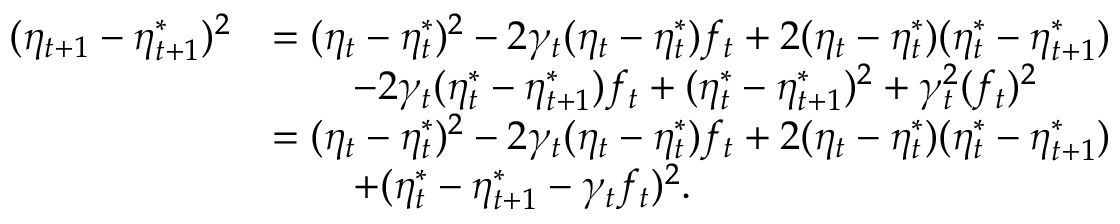
\begin{array} { r l } { ( \eta _ { t + 1 } - \eta _ { t + 1 } ^ { * } ) ^ { 2 } } & { = ( \eta _ { t } - \eta _ { t } ^ { * } ) ^ { 2 } - 2 \gamma _ { t } ( \eta _ { t } - \eta _ { t } ^ { * } ) f _ { t } + 2 ( \eta _ { t } - \eta _ { t } ^ { * } ) ( \eta _ { t } ^ { * } - \eta _ { t + 1 } ^ { * } ) } \\ & { \qquad - 2 \gamma _ { t } ( \eta _ { t } ^ { * } - \eta _ { t + 1 } ^ { * } ) f _ { t } + ( \eta _ { t } ^ { * } - \eta _ { t + 1 } ^ { * } ) ^ { 2 } + \gamma _ { t } ^ { 2 } ( f _ { t } ) ^ { 2 } } \\ & { = ( \eta _ { t } - \eta _ { t } ^ { * } ) ^ { 2 } - 2 \gamma _ { t } ( \eta _ { t } - \eta _ { t } ^ { * } ) f _ { t } + 2 ( \eta _ { t } - \eta _ { t } ^ { * } ) ( \eta _ { t } ^ { * } - \eta _ { t + 1 } ^ { * } ) } \\ & { \qquad + ( \eta _ { t } ^ { * } - \eta _ { t + 1 } ^ { * } - \gamma _ { t } f _ { t } ) ^ { 2 } . } \end{array}